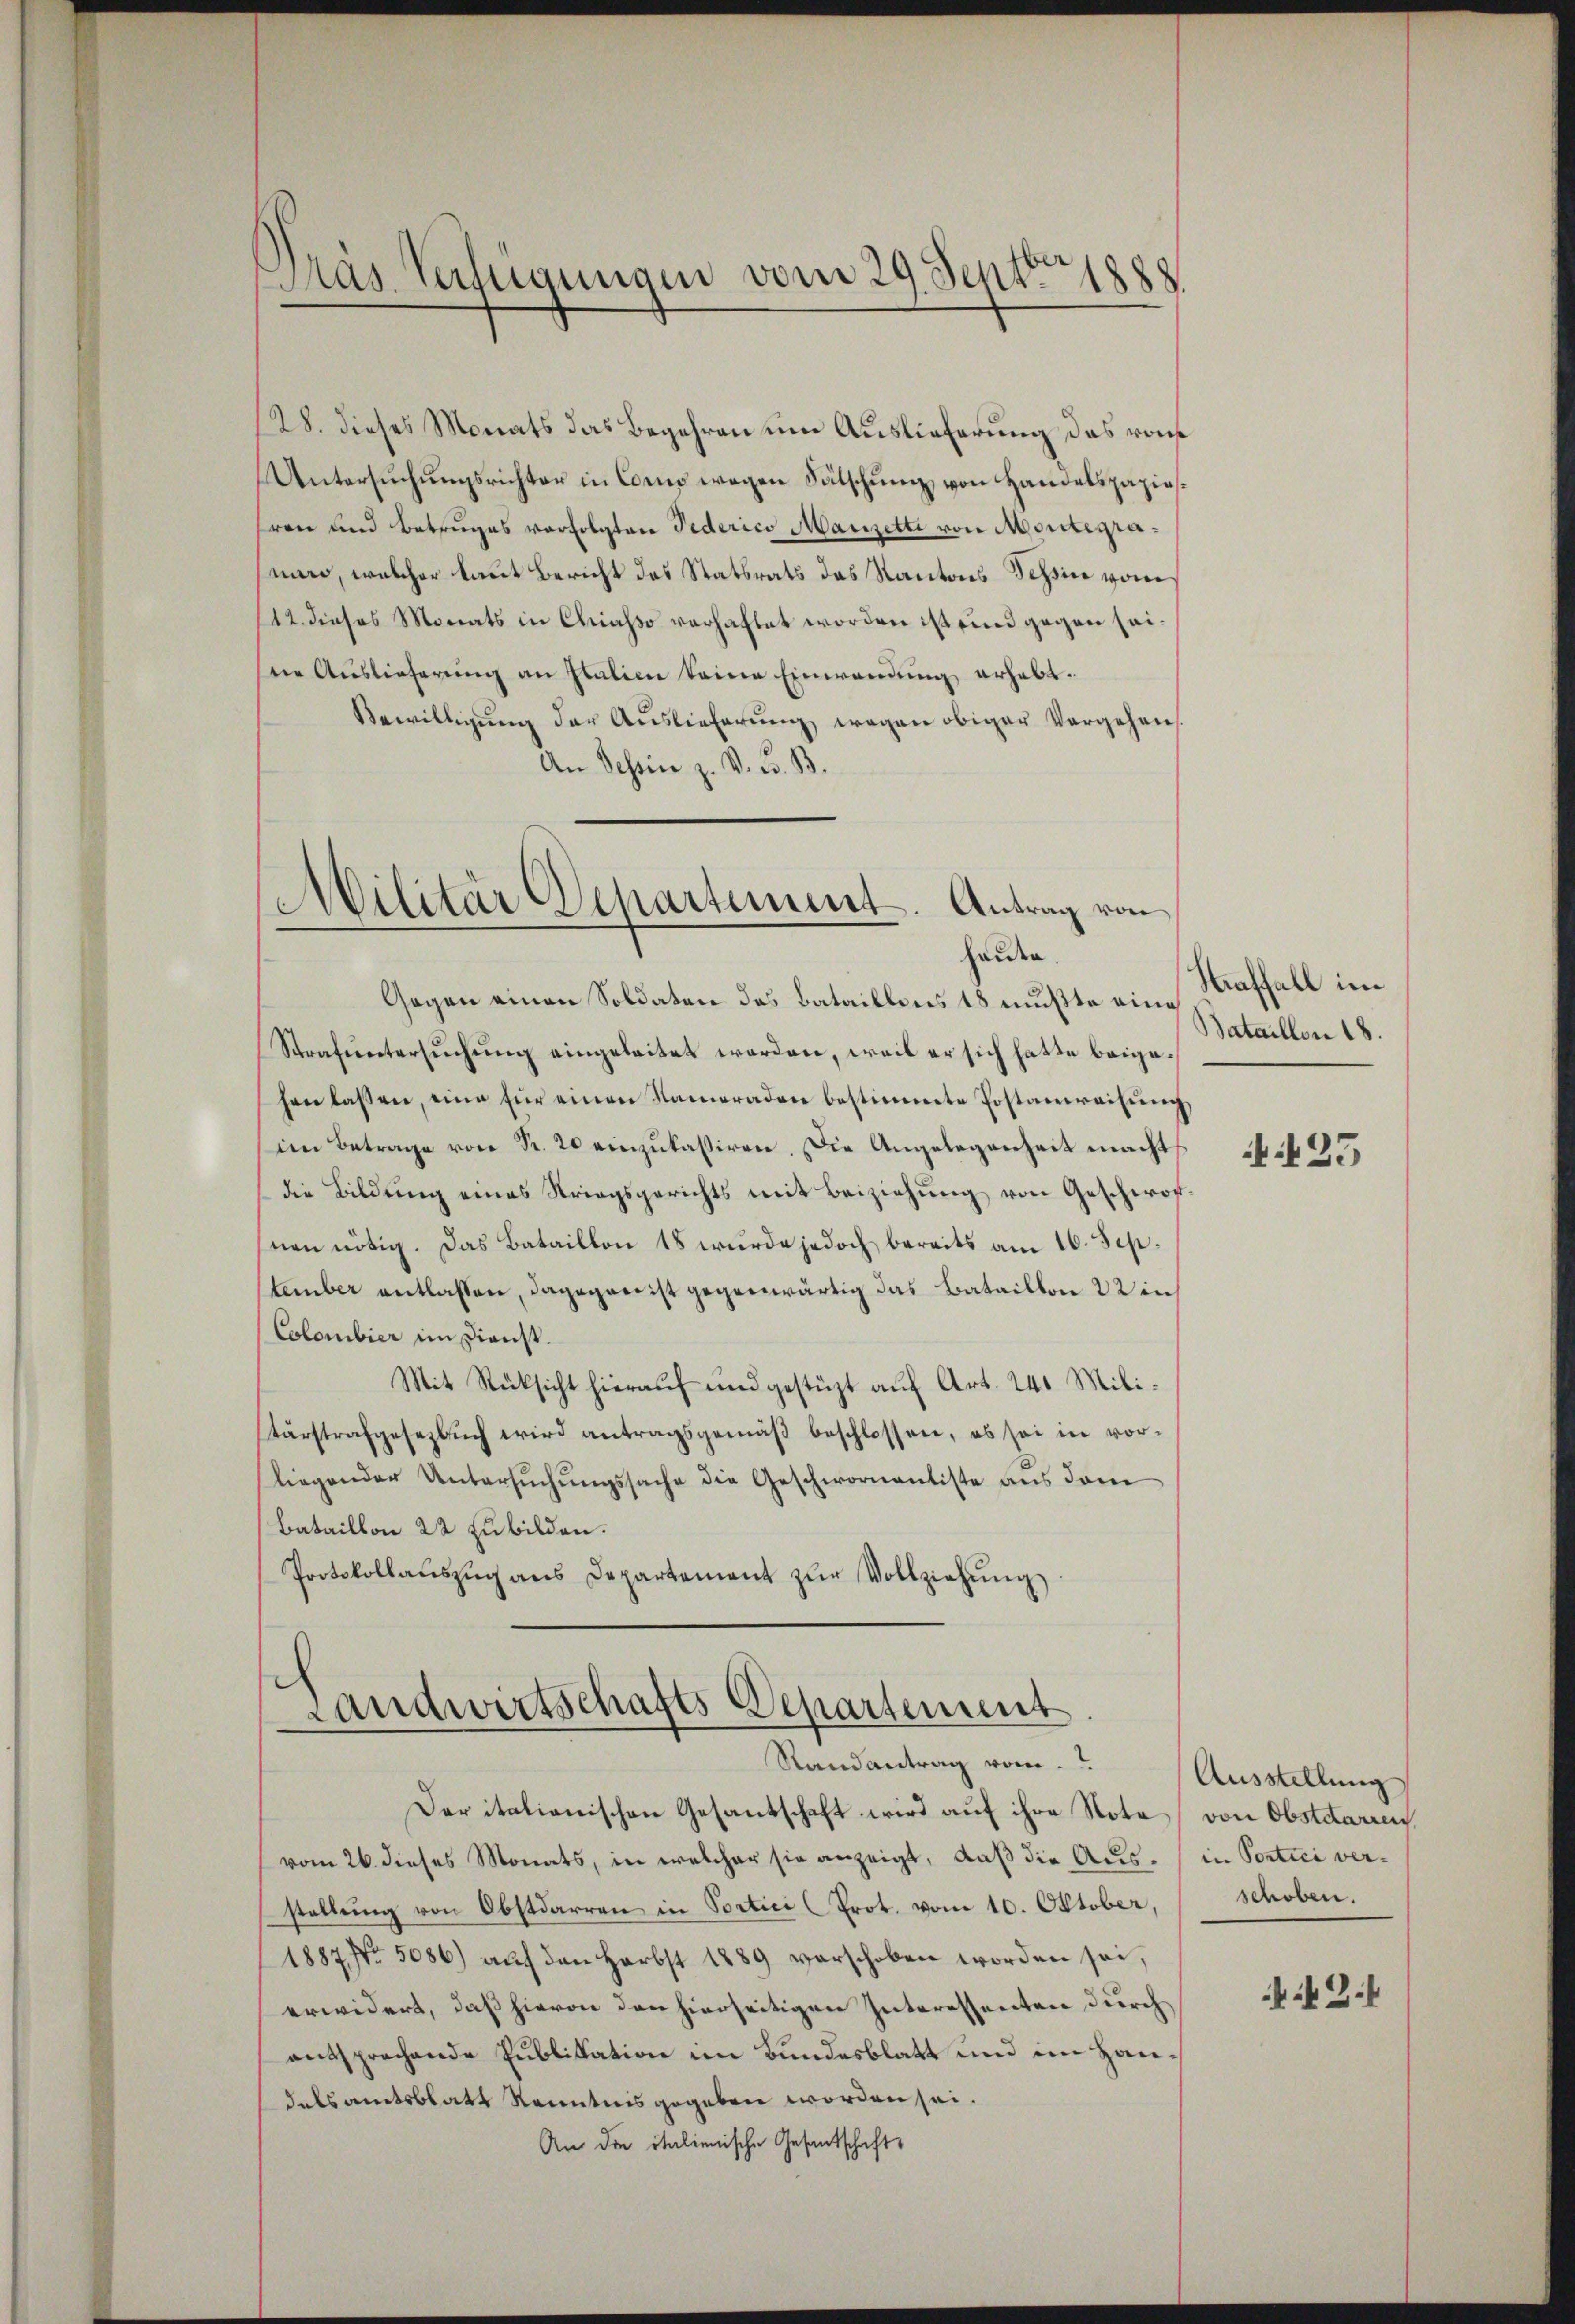
Das Verfügungen vom 29. Sept. 1888

28. dieses Monats das Begehren um Auslieferung das rout
Untersuchungsrichter in Cors wegen Fälschung von Handelspapiesren und Betruges verfolgten Pederico Manzetti von Mordtegraman, welcher laut Bericht des Statsrats das Kantons Schin vom
112. dieses Monats in Chiasso verhaftet worden ist sind gegen seidie Auslieferung an Italien keine Einwendung erhebt.
Bewilligung der Auslieferung wegen obiger Vorgehen
An Schein z. V. C. B.

Militär Departement. Antrag von
heiden.

Gegen einen Soldaten das Bataillonis 18 mußte eing
Strafuntersuchung eingeleitet worden, weil er sich hatte beigehen lassen, eine für einen Nameraden bestimmte Postanweisŭng
im Betrage von Fr. 20 einzŭkasiren. Die Angelegenheit macht
die Bildŭng eines Striegsgerichts mit Beiziehŭng von Geschwor-
nen nötig. Das Bataillon 18 wurde jedoch bereits am 16. September entlassen, dagegen ist gegenwärtig das Bataillon 22 in
Colombier im Dienst.
Mit Rücksicht hierauf und gestüzt auf Art. 241 Militärstrafgesezbŭch wird antragsgemäβ beschlossen, es sei in vor-
liegender Untersuchungssache die Geschwornantiste aus dem
Bataillon 22 zubilden.
Protokollaŭszŭg ans Departement zŭr Vollziehŭng

Landwirtschafts-Departement
Randantrag vom

Der italianischen Gesantschaft wird auf ihre Note von Obstatarien,
vom 26. dieses Monats, in welcher sie anzeigt, daß die Aus- in Sortici verstellung von Obstdarren in Sortici Prot. vom 10. Oktober,
1887, No. 5086) aŭf den Herbst 1889 verschoben worden sei,
erwidert, daß hievon den hierseitigen Interessenten durch
entsprechende Publikation im Bundesblatt und im Handatsamtsblatt Kenntnis gegeben worden sei.
An die italienische Gesantschafts

Straffall im
Bataillon 18.

25

Ausstellung
schoben.

f 24